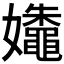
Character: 𰌛